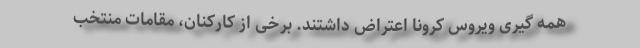
همه گیری ویروس کرونا اعتراض داشتند. برخی از کارکنان، مقامات منتخب